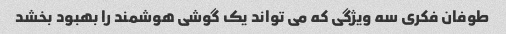
طوفان فکری سه ویژگی که می تواند یک گوشی هوشمند را بهبود بخشد